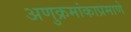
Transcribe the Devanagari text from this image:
अणुक्रमांकाप्रमाणे